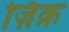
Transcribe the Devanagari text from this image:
ज़िक्र